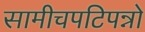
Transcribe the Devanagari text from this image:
सामीचपटिपन्नो